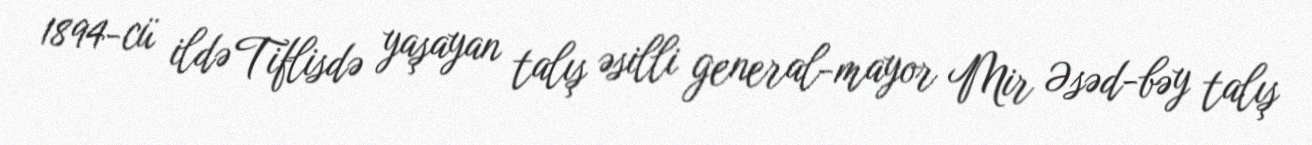
1894-cü ildə Tiflisdə yaşayan talış əsilli general-mayor Mir Əsəd-bəy talış